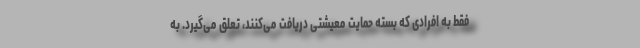
فقط به افرادی که بسته حمایت معیشتی دریافت می‌کنند، تعلق می‌گیرد. به